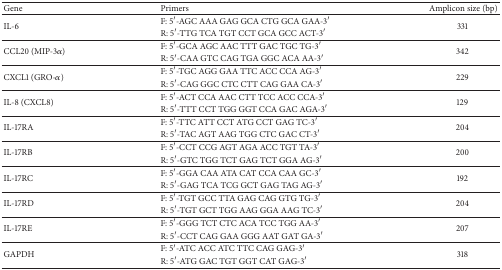
<table><thead><tr><td><b>Gene </b></td><td><b>Primers </b></td><td><b>Amplicon size (bp) </b></td></tr></thead><tbody><tr><td rowspan="2">IL-6 </td><td>F: 5′-AGC AAA GAG GCA CTG GCA GAA-3′</td><td rowspan="2">331 </td></tr><tr><td>R: 5′-TTG TCA TGT CCT GCA GCC ACT-3′</td></tr><tr><td rowspan="2">CCL20 (MIP-3<i>α</i>) </td><td>F: 5′-GCA AGC AAC TTT GAC TGC TG-3′</td><td rowspan="2">342 </td></tr><tr><td>R: 5′-CAA GTC CAG TGA GGC ACA AA-3′</td></tr><tr><td rowspan="2">CXCL1 (GRO-<i>α</i>) </td><td>F: 5′-TGC AGG GAA TTC ACC CCA AG-3′</td><td rowspan="2">229 </td></tr><tr><td>R: 5′-CAG GGC CTC CTT CAG GAA CA-3′</td></tr><tr><td rowspan="2">IL-8 (CXCL8) </td><td>F: 5′-ACT CCA AAC CTT TCC ACC CCA-3′</td><td rowspan="2">129 </td></tr><tr><td>R: 5′-TTT CCT TGG GGT CCA GAC AGA-3′</td></tr><tr><td rowspan="2">IL-17RA </td><td>F: 5′-TTC ATT CCT ATG CCT GAG TC-3′</td><td rowspan="2">204 </td></tr><tr><td>R: 5′-TAC AGT AAG TGG CTC GAC CT-3′</td></tr><tr><td rowspan="2">IL-17RB </td><td>F: 5′-CCT CCG AGT AGA ACC TGT TA-3′</td><td rowspan="2">200 </td></tr><tr><td>R: 5′-GTC TGG TCT GAG TCT GGA AG-3′</td></tr><tr><td rowspan="2">IL-17RC </td><td>F: 5′-GGA CAA ATA CAT CCA CAA GC-3′</td><td rowspan="2">192 </td></tr><tr><td>R: 5′-GAG TCA TCG GCT GAG TAG AG-3′</td></tr><tr><td rowspan="2">IL-17RD </td><td>F: 5′-TGT GCC TTA GAG CAG GTG TG-3′</td><td rowspan="2">204 </td></tr><tr><td>R: 5′-TGT GCT TGG AAG GGA AAG TC-3′</td></tr><tr><td rowspan="2">IL-17RE </td><td>F: 5′-GGG TCT CTC ACA TCC TGG AA-3′</td><td rowspan="2">207 </td></tr><tr><td>R: 5′-CCT CAG GAA GGG AAT GAT GA-3′</td></tr><tr><td rowspan="2">GAPDH </td><td>F: 5′-ATC ACC ATC TTC CAG GAG-3′</td><td rowspan="2">318 </td></tr><tr><td>R: 5′-ATG GAC TGT GGT CAT GAG-3′</td></tr></tbody></table>